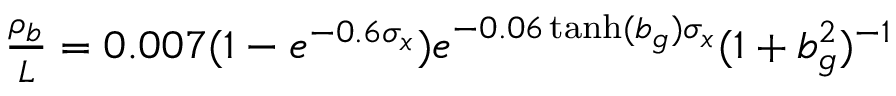
\begin{array} { r } { \frac { \rho _ { b } } { L } = 0 . 0 0 7 ( 1 - e ^ { - 0 . 6 \sigma _ { x } } ) e ^ { - 0 . 0 6 \operatorname { t a n h } ( b _ { g } ) \sigma _ { x } } ( 1 + b _ { g } ^ { 2 } ) ^ { - 1 } } \end{array}